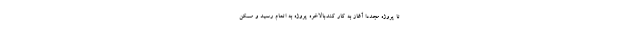
تا پروژه مجددا آغاز به کار کند.بالاخره پروژه به اتمام رسید و مسکن